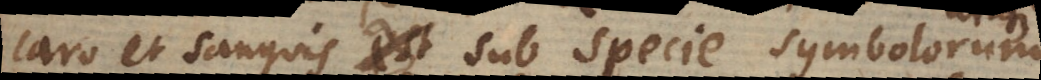
caro et sanguis sub specie symbolorum